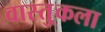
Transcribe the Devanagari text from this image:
वास्तु्कला